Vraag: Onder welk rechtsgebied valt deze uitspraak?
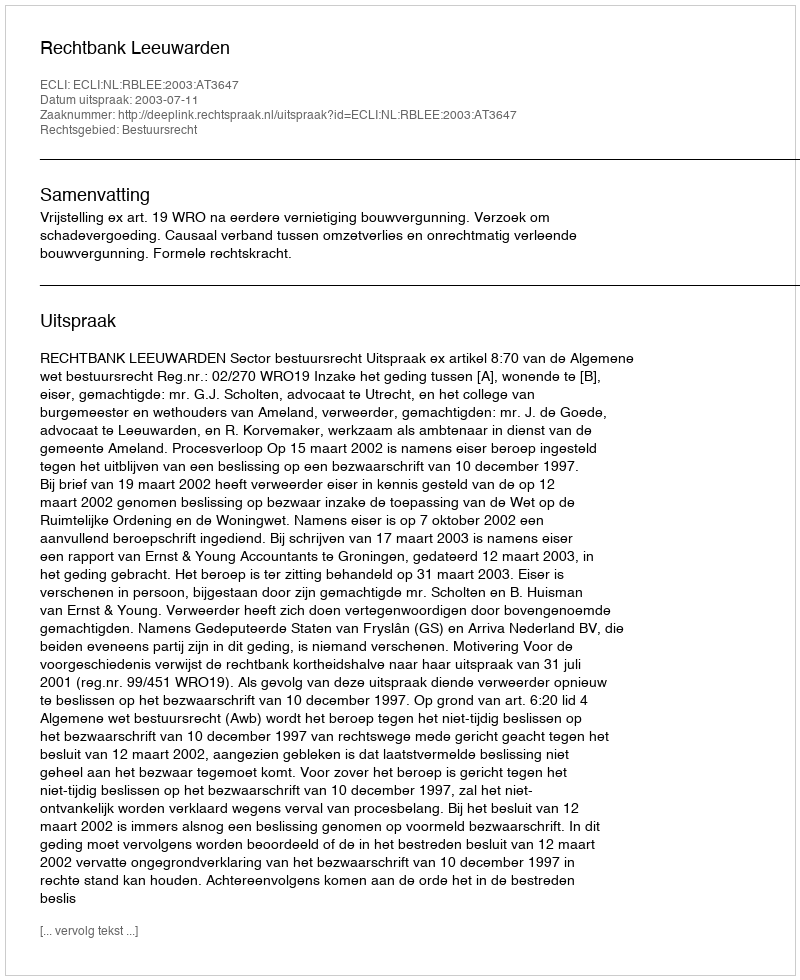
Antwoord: Bestuursrecht